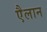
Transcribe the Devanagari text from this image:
एैलान